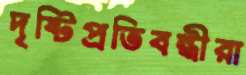
দৃষ্টিপ্রতিবন্ধীরা